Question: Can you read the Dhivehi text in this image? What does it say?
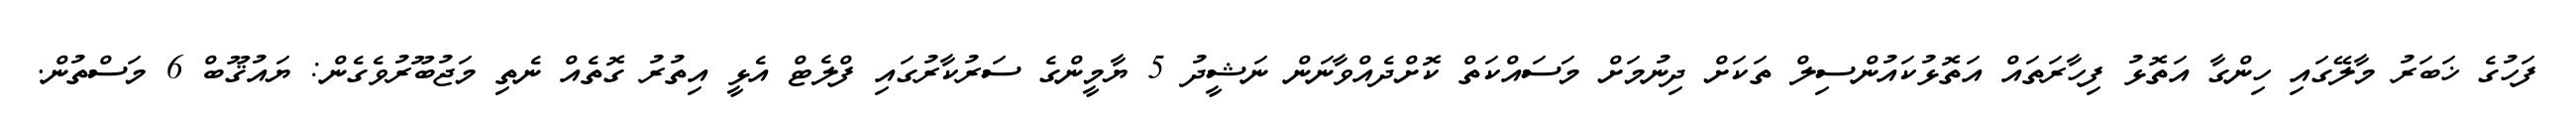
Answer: ފަހުގެ ޚަބަރު މާލޭގައި ހިންގާ އަތޮޅު ފިހާރަތައް އަތޮޅުކައުންސިލް ތަކަށް ދިނުމަށް މަސައްކަތް ކޮށްދެއްވާނަން ނަޝީދު 5 ޔާމީންގެ ސަރުކާރުގައި ފްލެޓް އެޅީ އިތުރު ގޮތެއް ނެތި މަޖުބޫރުވެގެން: ޔައުޤޫބް 6 މަސްތުން.